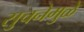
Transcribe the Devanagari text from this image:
सुचनेमुळे